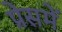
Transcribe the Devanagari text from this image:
प्रेसमें